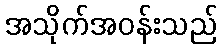
အသိုက်အဝန်းသည်